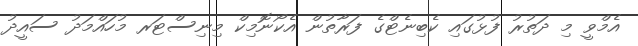
އެމްވީ މި ދަތުރު ފުޅުގައި ކެބިނެޓްގެ ފަރާތުން އެކޯނޮމިކް މިނިސްޓަރ މުހައްމަދު ސައީދު